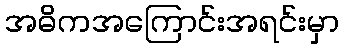
အဓိကအကြောင်းအရင်းမှာ